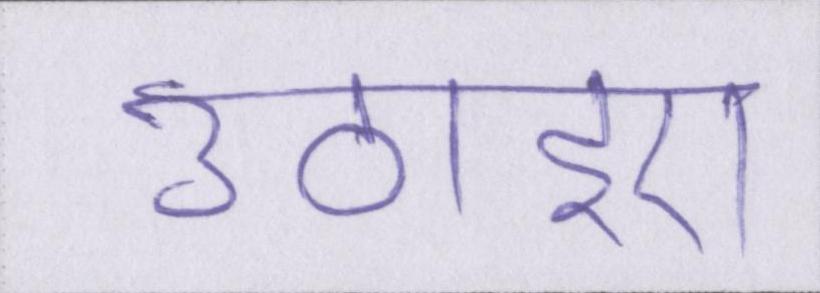
उठाइए